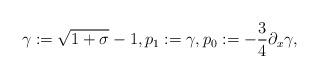
LaTeX: \begin{align*}\gamma := \sqrt{1+\sigma} - 1,p_1 := \gamma,p_0 := -\frac{3}{4} \partial_x \gamma,\end{align*}